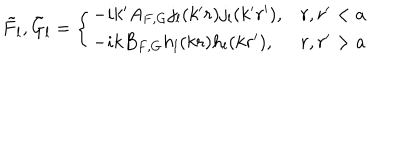
\tilde { F } _ { l } , \tilde { G } _ { l } = \left\{ \begin{array} { l l } { { - i k ^ { \prime } A _ { F , G } j _ { l } ( k ^ { \prime } r ) j _ { l } ( k ^ { \prime } r ^ { \prime } ) , } } & { { r , r ^ { \prime } < a } } \\ { { - i k B _ { F , G } h _ { l } ( k r ) h _ { l } ( k r ^ { \prime } ) , } } & { { r , r ^ { \prime } > a } } \\ \end{array} \right.